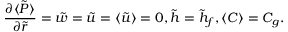
\frac { \partial \langle \tilde { P } \rangle } { \partial \tilde { r } } = \tilde { w } = \tilde { u } = \langle \tilde { u } \rangle = 0 , \tilde { h } = \tilde { h } _ { f } , \langle C \rangle = C _ { g } .